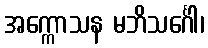
အက္ကောသန မဘိသင်္ဂေါ၊